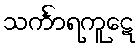
သင်္ကာရကူဋေ